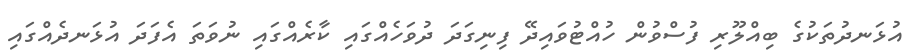
އުޅަނދުތަކުގެ ބިއްލޫރި ފުސްވުން ހުއްޓުވައިދޭ ފިނިގަދަ ދުވަހެއްގައި ކާރެއްގައި ނުވަތަ އެފަދަ އުޅަނދެއްގައި